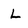
Character: L